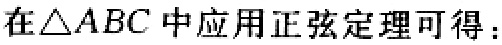
在\(\triangle ABC\)中应用正弦定理可得：